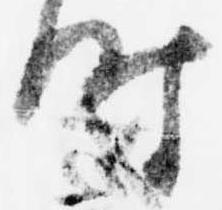
時